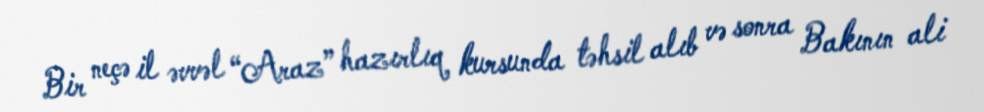
Bir neçə il əvvəl “Araz” hazırlıq kursunda təhsil alıb və sonra Bakının ali